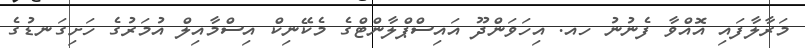
މަރާލާފައި އޮއްވާ ފެނުނު ހއ. އިހަވަންދޫ އައިސްޕްލާންޓްގެ މެކޭނިކް އިސްމާއިލް އުމަރުގެ ހަށިގަނޑުގެ